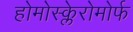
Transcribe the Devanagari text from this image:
होमोस्क्लेरोमोर्फ